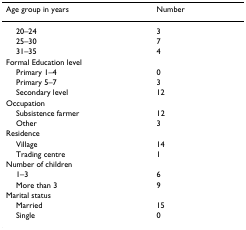
| Age group in years | Number |
 | --- | --- |
 | 20–24 | 3 |
 | 25–30 | 7 |
 | 31–35 | 4 |
 | Formal Education level |  |
 | Primary 1–4 | 0 |
 | Primary 5–7 | 3 |
 | Secondary level | 12 |
 | Occupation |  |
 | Subsistence farmer | 12 |
 | Other | 3 |
 | Residence |  |
 | Village | 14 |
 | Trading centre | 1 |
 | Number of children |  |
 | 1–3 | 6 |
 | More than 3 | 9 |
 | Marital status |  |
 | Married | 15 |
 | Single | 0 |